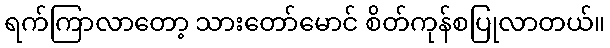
ရက်ကြာလာတော့ သားတော်မောင် စိတ်ကုန်စပြုလာတယ်။